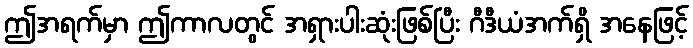
ဤအရက်မှာ ဤကာလတွင် အရှားပါးဆုံးဖြစ်ပြီး ဂီဒီယံအက်ရှိ အနေဖြင့်